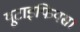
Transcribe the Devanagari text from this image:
यूटाइफियस।